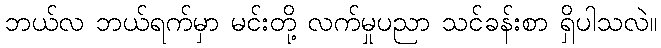
ဘယ်လ ဘယ်ရက်မှာ မင်းတို့ လက်မှုပညာ သင်ခန်းစာ ရှိပါသလဲ။